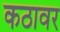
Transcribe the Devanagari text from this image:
कठावर